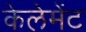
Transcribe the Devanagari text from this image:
केलेमेंट